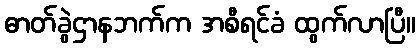
ဓာတ်ခွဲဌာနဘက်က အစီရင်ခံ ထွက်လာပြီ။